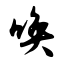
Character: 唤